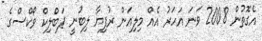
އެގޮތުން 2008 ވަނަ އަހަރު އެއް މިލިއަން ރުފިޔާ ލިބުނީ ޕަބްލިކް ވޯކްސްގެ